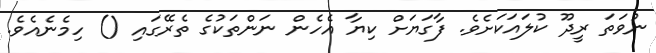
ނުވަތަ ރީދޫ ކުލައަކަށެވެ. ފާގަޔަށް ކިޔާ އެހެން ނަންތަކުގެ ތެރޭގައި () ހިމެނެއެވެ.